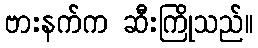
ဗားနက်က ဆီးကြိုသည်။